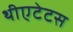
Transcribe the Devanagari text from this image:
थीएटेटस